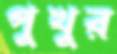
পুখুর